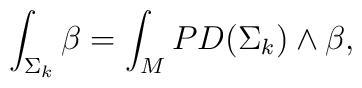
\int_{\Sigma_k} \beta= \int_M PD (\Sigma_k) \wedge \beta,